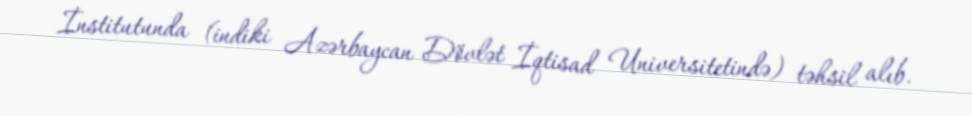
İnstitutunda (indiki Azərbaycan Dövlət İqtisad Universitetində) təhsil alıb.